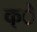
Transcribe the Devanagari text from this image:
क्े